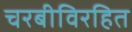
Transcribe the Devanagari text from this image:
चरबीविरहित